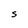
Character: S